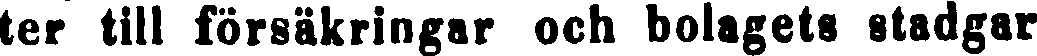
ter till försäkringar och bolagets stadgar